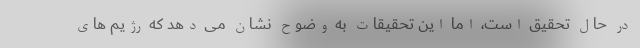
در حال تحقیق است، اما این تحقیقات به وضوح نشان می دهد که رژیم های